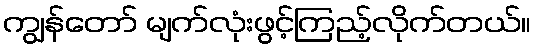
ကျွန်တော် မျက်လုံးဖွင့်ကြည့်လိုက်တယ်။